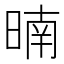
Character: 暔